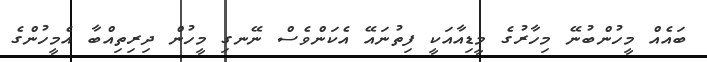
ބައެއް މީހުންބުނޭ މިހާރުގެ މީޑިއާއަކީ ފިތުނައޭ އެކަންވެސް ނޭނގި މީހުން ދިރިތިއްބާ އެމީހުންގެ